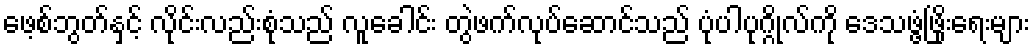
ဖေ့စ်ဘွတ်နှင့် လိုင်းလည်းစုံသည် လူခေါင်း တွဲဖက်လုပ်ဆောင်သည် ပုံပါပုဂ္ဂိုလ်ကို ဒေသဖွံ့ဖြိုးရေးများ